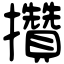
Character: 攢